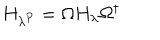
H _ { \lambda ^ { P } } = \Omega H _ { \lambda } \Omega ^ { \dagger }